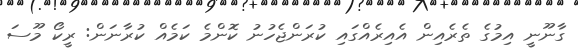
ގާނޫނީ އިމުގެ ތެރެއިން އެއިރެއްގައި ކުރަންޖެހުނު ކޮންމެ ކަމެއް ކުރާނަން: ރީކޯ މޫސަ